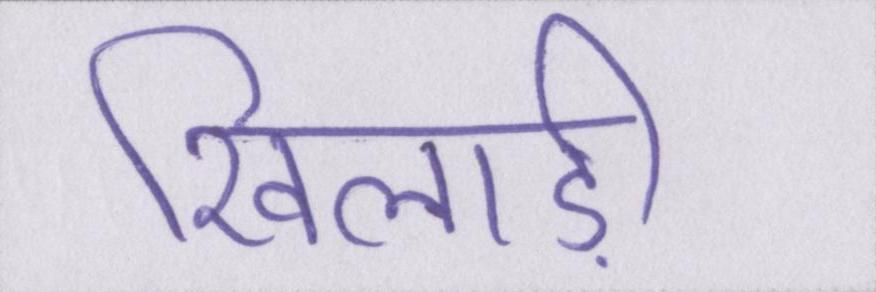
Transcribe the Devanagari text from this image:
खिलाड़ी